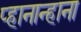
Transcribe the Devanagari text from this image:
प्हानान्हाना